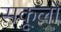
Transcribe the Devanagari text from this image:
सकूलों